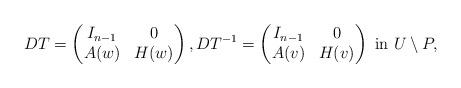
LaTeX: \begin{align*}DT=\begin{pmatrix}I_{n-1} & 0\\A(w)& H(w)\end{pmatrix},DT^{-1}=\begin{pmatrix}I_{n-1} & 0\\A(v)& H(v)\end{pmatrix} \mbox{ in } U\setminus P,\end{align*}